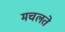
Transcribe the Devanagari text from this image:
मचलते